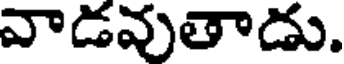
వాడవుతాడు.